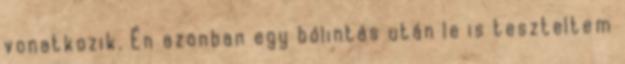
vonatkozik. Én azonban egy bólintás után le is teszteltem